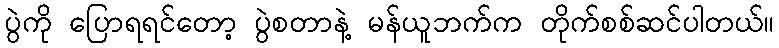
ပွဲကို ပြောရရင်တော့ ပွဲစတာနဲ့ မန်ယူဘက်က တိုက်စစ်ဆင်ပါတယ်။